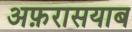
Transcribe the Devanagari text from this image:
अफ़रासयाब